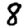
Digit: 8